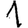
Digit: 1